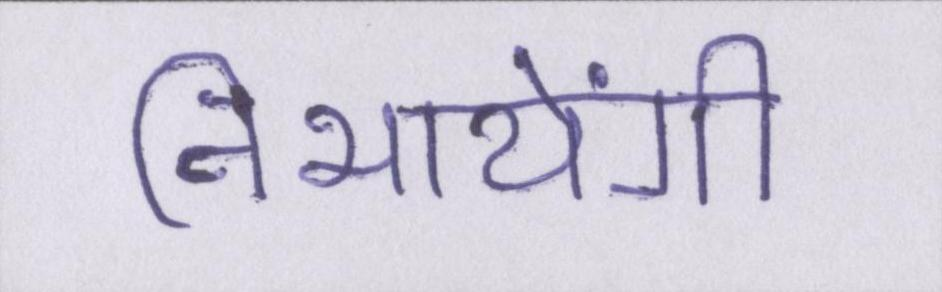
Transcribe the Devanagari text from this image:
निभायेंगी